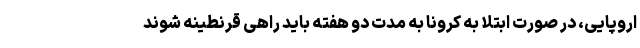
اروپایی، در صورت ابتلا به کرونا به مدت دو هفته باید راهی قرنطینه شوند